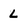
Character: L